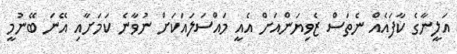
އަލީނާގެ ކާފައެއް ނެތަސް ޒެވިޔަންއަށް އެއީ މައްސަލައަކަށް ނުވާނެ ކަމަށާއި އޭނަ ބޭނުމީ